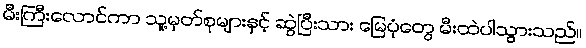
မီးကြီးလောင်ကာ သူ့မှတ်စုများနှင့် ဆွဲပြီးသား မြေပုံတွေ မီးထဲပါသွားသည်။